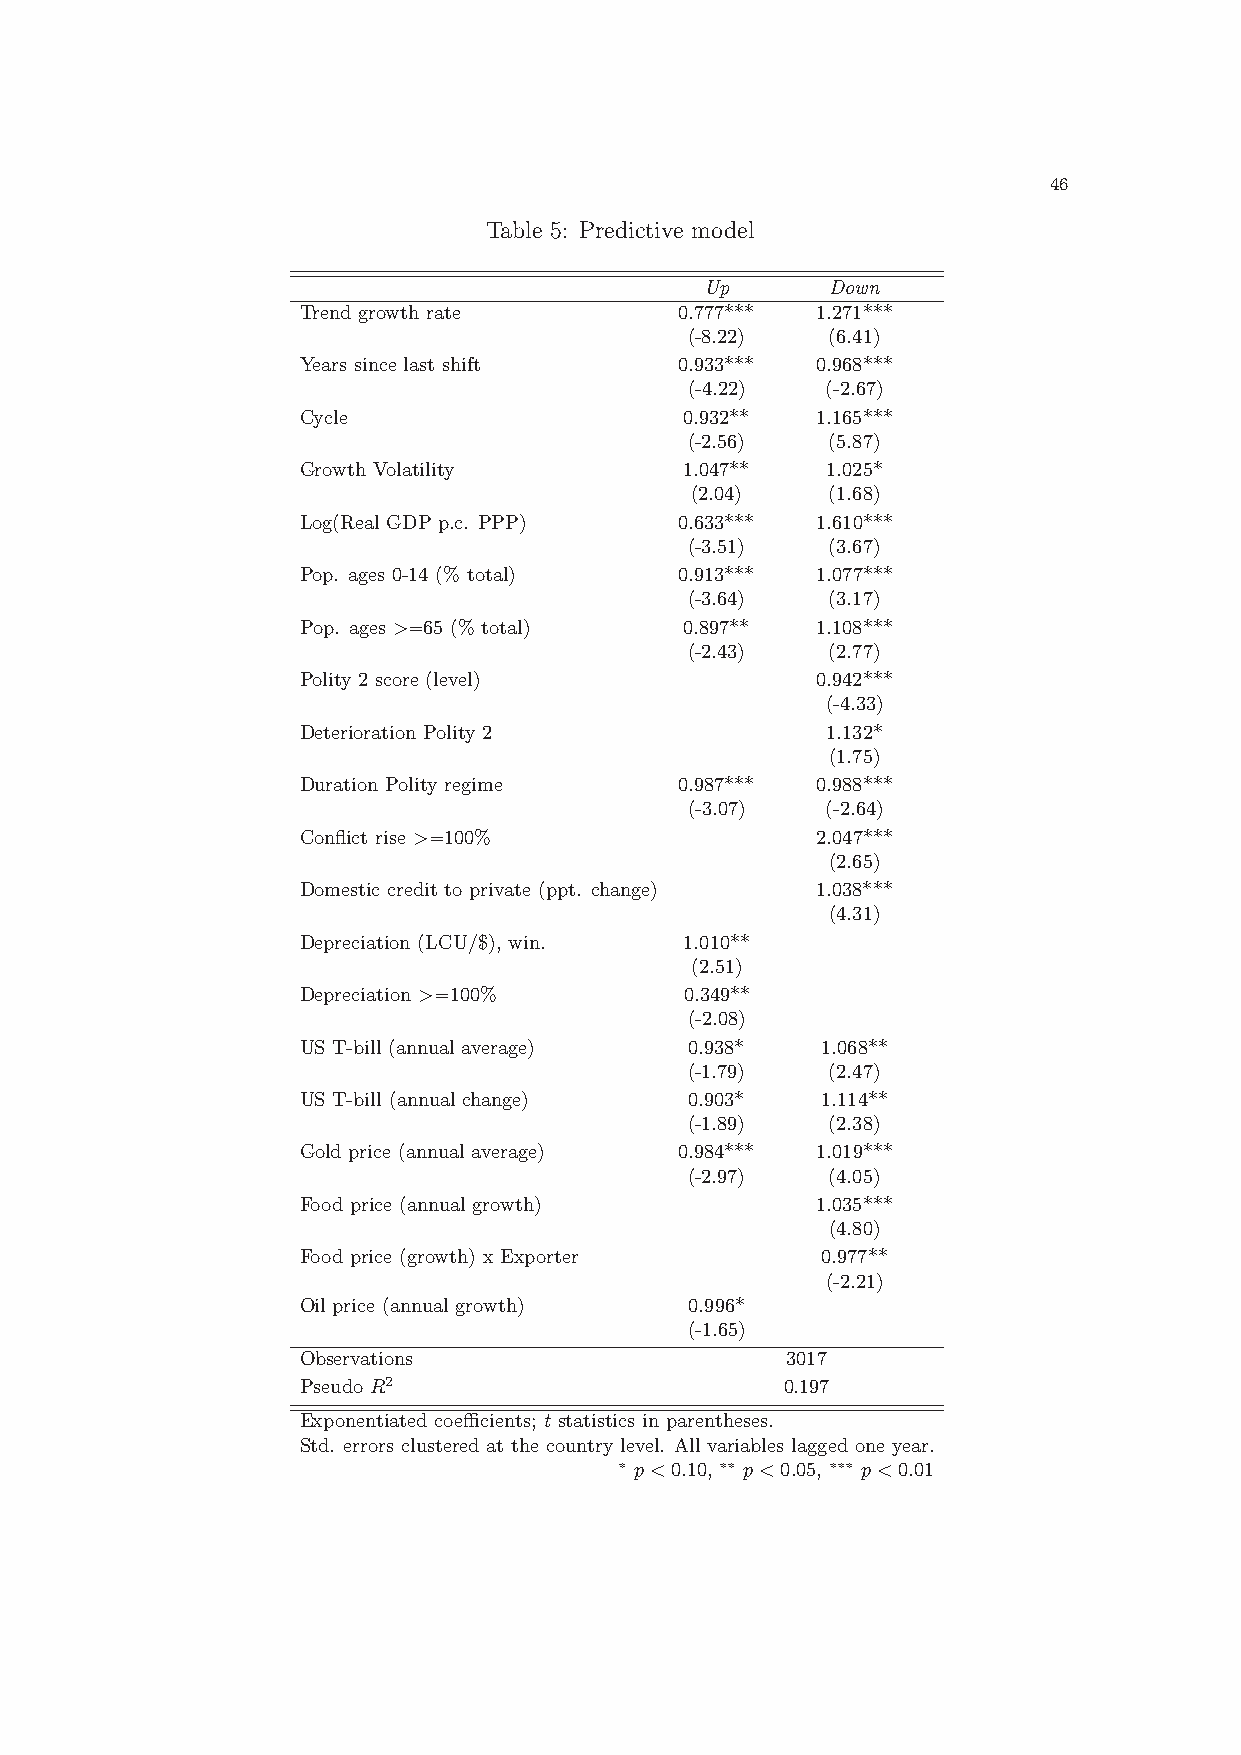
46
 Table 5: Predictive model
 Up      Down
 Trend growth rate        0.777*** 1.271***
 (-8.22)   (6.41)
 Years since last shift   0.933*** 0.968***
 (-4.22)   (-2.67)
 Cycle                    0.932**  1.165***
 (-2.56)   (5.87)
 Growth Volatility        1.047**   1.025*
 (2.04)   (1.68)
 Log(Real GDP p.c. PPP)   0.633*** 1.610***
 (-3.51)   (3.67)
 Pop. ages 0-14 (% total) 0.913*** 1.077***
 (-3.64)   (3.17)
 Pop. ages >=65 (% total) 0.897**  1.108***
 (-2.43)   (2.77)
 Polity 2 score (level)            0.942***
 (-4.33)
 Deterioration Polity 2             1.132*
 (1.75)
 Duration Polity regime   0.987*** 0.988***
 (-3.07)   (-2.64)
 Conflict rise >=100%              2.047***
 (2.65)
 Domestic credit to private (ppt. change) 1.038***
 (4.31)
 Depreciation (LCU/$), win. 1.010**
 (2.51)
 Depreciation >=100%      0.349**
 (-2.08)
 US T-bill (annual average) 0.938* 1.068**
 (-1.79)   (2.47)
 US T-bill (annual change) 0.903*  1.114**
 (-1.89)   (2.38)
 Gold price (annual average) 0.984*** 1.019***
 (-2.97)   (4.05)
 Food price (annual growth)        1.035***
 (4.80)
 Food price (growth) x Exporter    0.977**
 (-2.21)
 Oil price (annual growth) 0.996*
 (-1.65)
 Observations                    3017
 Pseudo R2                       0.197
 Exponentiated coefficients; t statistics in parentheses.
 Std. errors clustered at the country level. All variables lagged one year.
 ∗ p<0.10, ∗∗ p<0.05, ∗∗∗ p<0.01